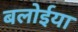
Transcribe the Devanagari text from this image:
बलोईया